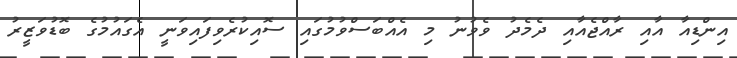
އިންޑިއާ އާއި ރާއްޖެއާއި ދެމެދު ވެވުނު މި އެއްބަސްވުމުގައި ސޮއިކުރެވިފައިވަނީ އެގައުމުގެ ބޮޑުވަޒީރު